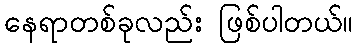
နေရာတစ်ခုလည်း ဖြစ်ပါတယ်။